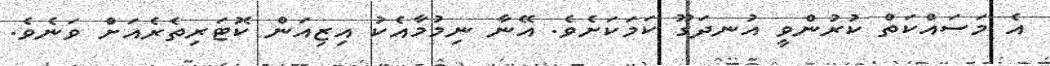
އެ މަސައްކަތް ކުރުންވީ އުނދަގޫ ކަމަކަށެވެ. އޭނާ ނިމުމާއެކު އިޒިއަން ކޮޓަރިތެރެއަށް ވަނެވެ.